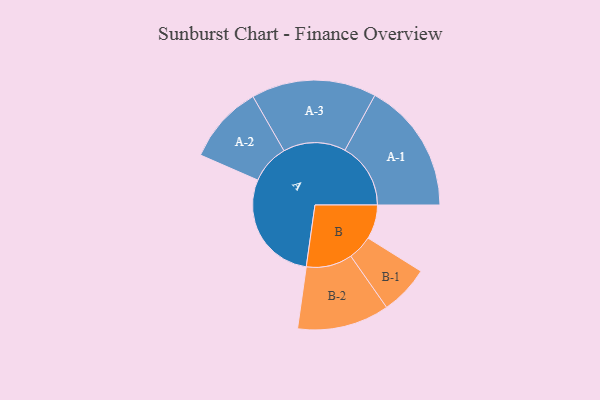
{"axis": {"x": "Segment", "y": "Value"}, "legend": ["", "A", "B"], "data": [{"x": "A", "y": 495, "type": ""}, {"x": "B", "y": 150, "type": ""}, {"x": "A-1", "y": 288, "type": "A"}, {"x": "A-2", "y": 172, "type": "A"}, {"x": "A-3", "y": 274, "type": "A"}, {"x": "B-1", "y": 108, "type": "B"}, {"x": "B-2", "y": 202, "type": "B"}]}